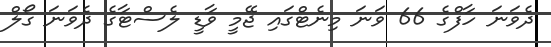
ދެވަނަ ހާފްގެ 66 ވަނަ މިނެޓްގައި ޖޭމީ ވާޑީ ލެސްޓާގެ ދެވަނަ ގޯލް